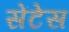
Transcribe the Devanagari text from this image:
सेंटेस